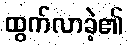
ထွက်လာခဲ့၏